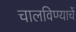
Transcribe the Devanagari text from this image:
चालविण्याचें